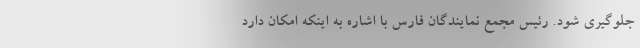
جلوگیری شود. رئیس مجمع نمایندگان فارس با اشاره به اینکه امکان دارد